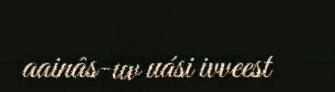
aainâs-uv uási ivveest